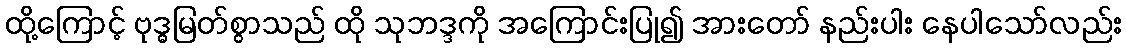
ထို့ကြောင့် ဗုဒ္ဓမြတ်စွာသည် ထို သုဘဒ္ဒကို အကြောင်းပြု၍ အားတော် နည်းပါး နေပါသော်လည်း